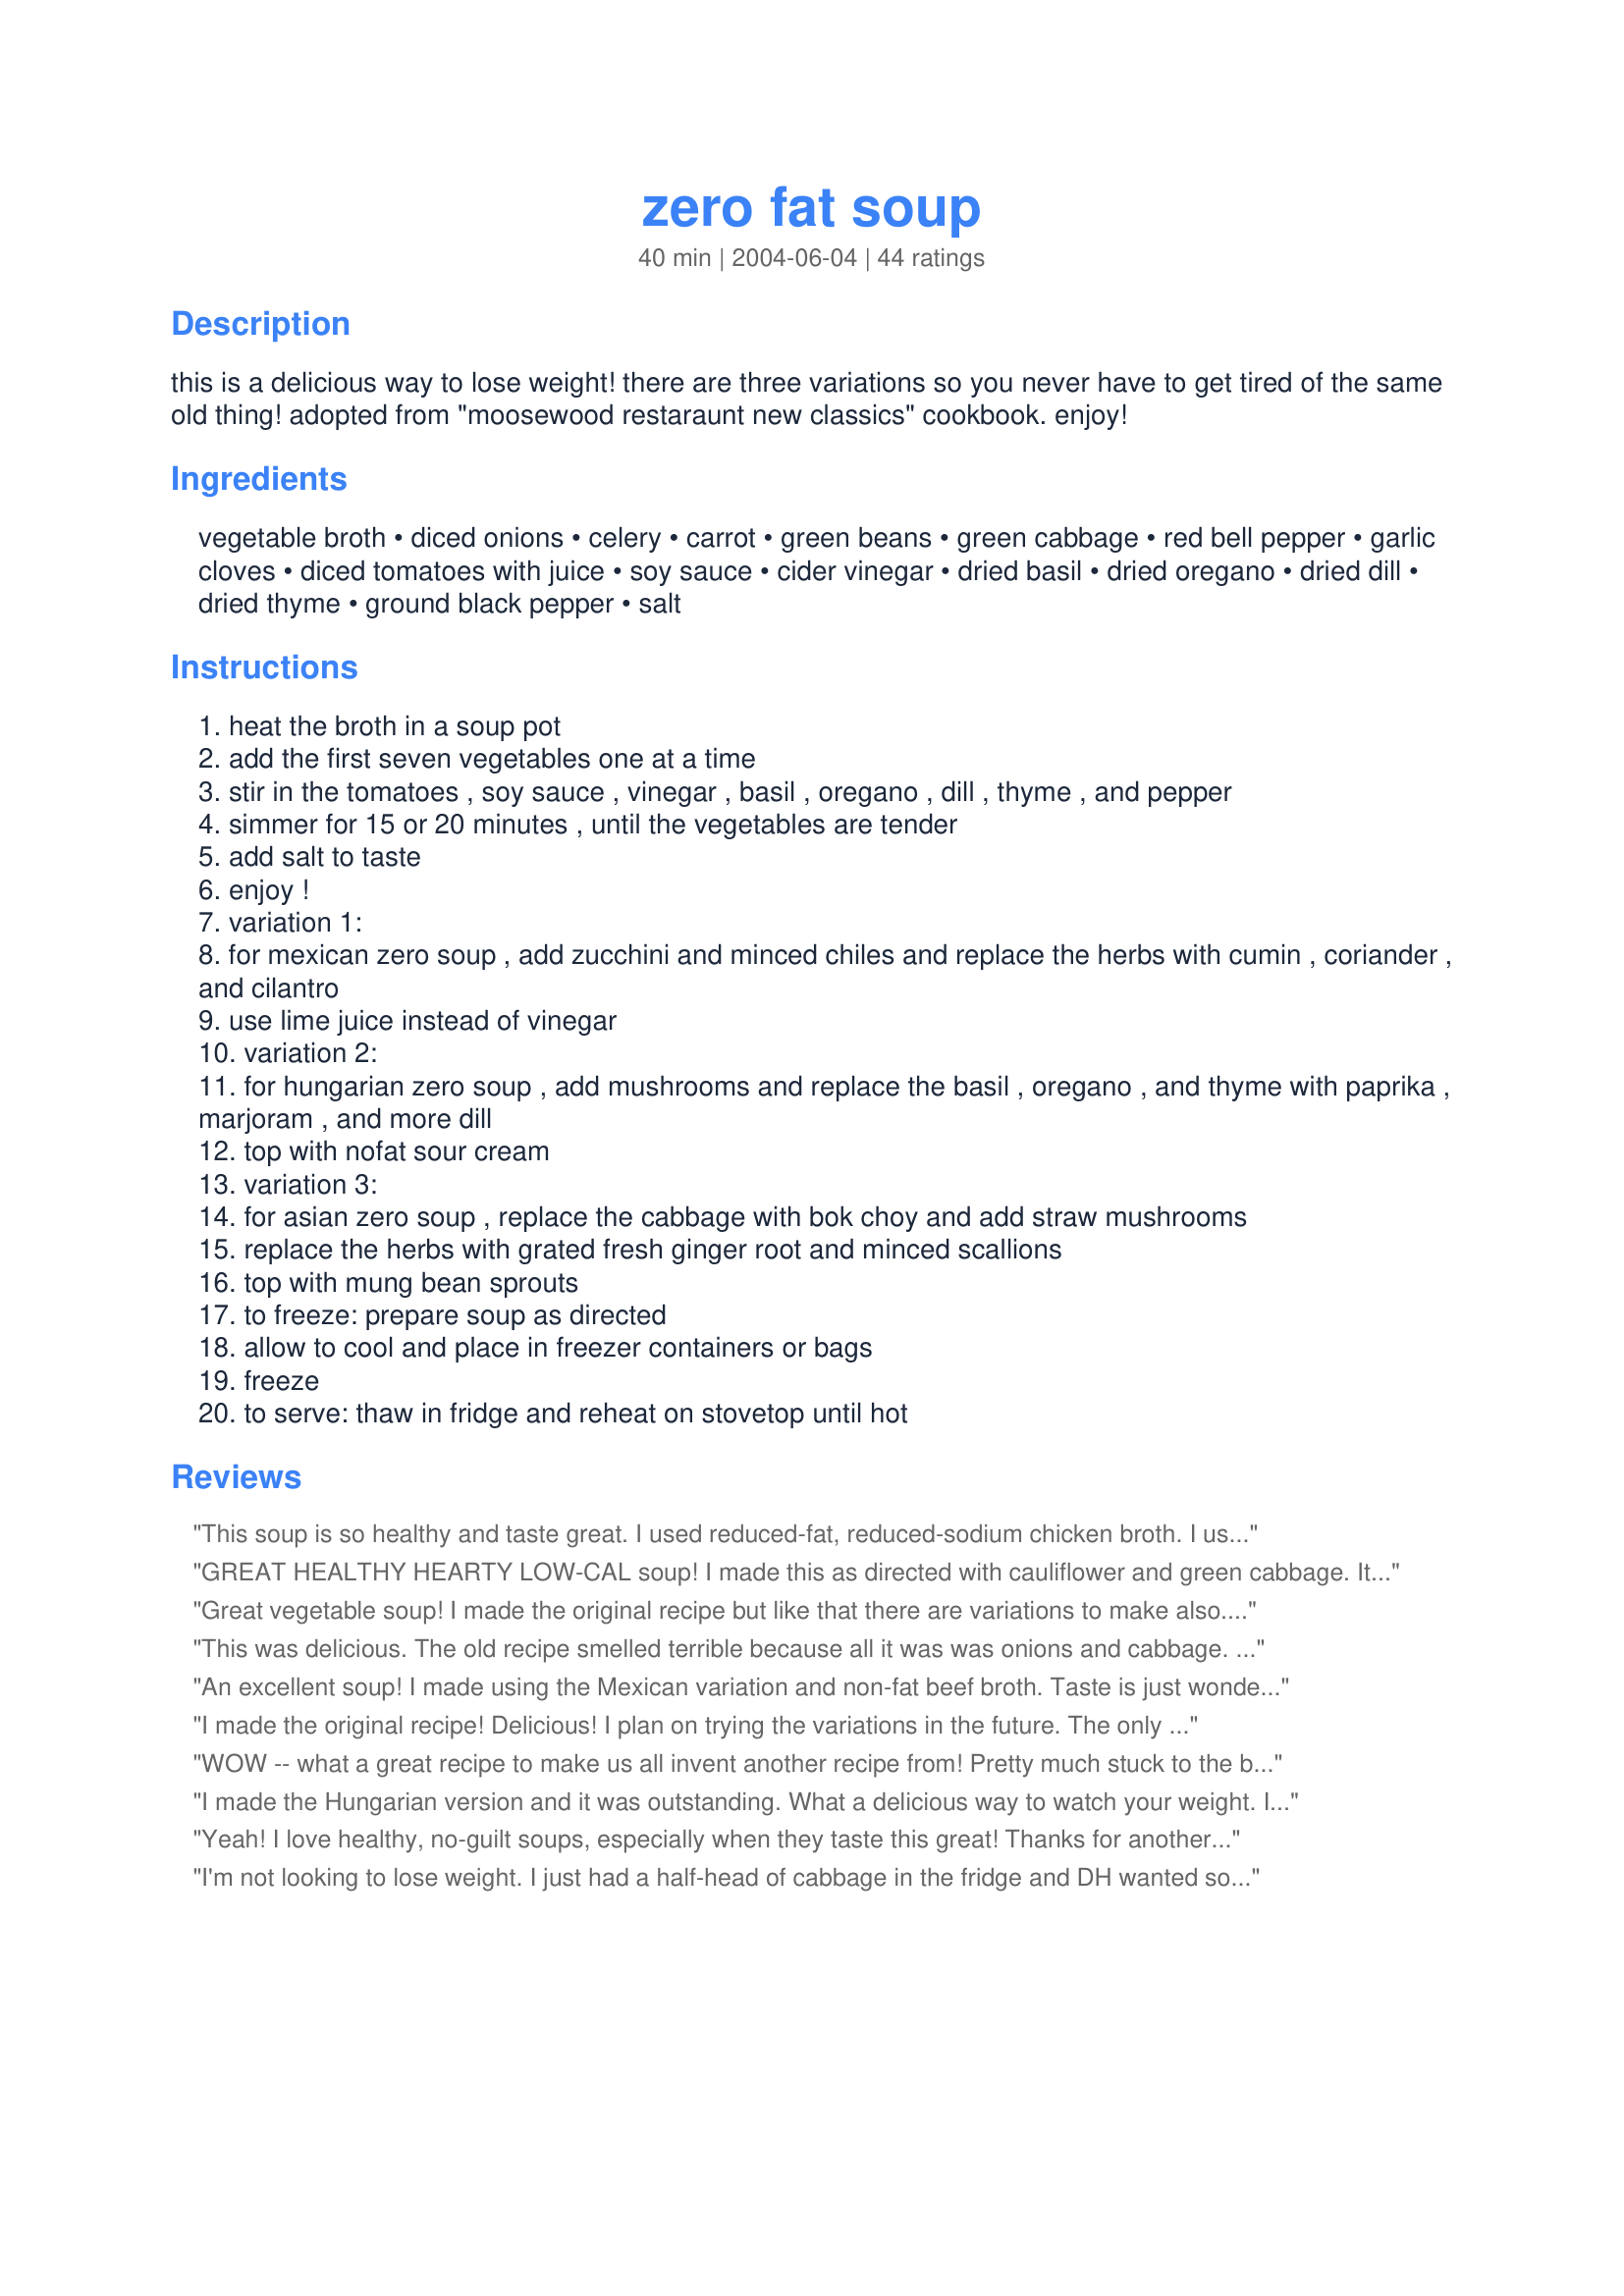
zero fat soup
Preparation time: 40 minutes

this is a delicious way to lose weight! there are three variations so you never have to get tired of the same old thing! adopted from "moosewood restaraunt new classics" cookbook. enjoy!

Ingredients:
vegetable broth, diced onions, celery, carrot, green beans, green cabbage, red bell pepper, garlic cloves, diced tomatoes with juice, soy sauce, cider vinegar, dried basil, dried oregano, dried dill, dried thyme, ground black pepper, salt

Steps:
heat the broth in a soup pot
add the first seven vegetables one at a time
stir in the tomatoes , soy sauce , vinegar , basil , oregano , dill , thyme , and pepper
simmer for 15 or 20 minutes , until the vegetables are tender
add salt to taste
enjoy !
variation 1:
for mexican zero soup , add zucchini and minced chiles and replace the herbs with cumin , coriander , and cilantro
use lime juice instead of vinegar
variation 2:
for hungarian zero soup , add mushrooms and replace the basil , oregano , and thyme with paprika , marjoram , and more dill
top with nofat sour cream
variation 3:
for asian zero soup , replace the cabbage with bok choy and add straw mushrooms
replace the herbs with grated fresh ginger root and minced scallions
top with mung bean sprouts
to freeze: prepare soup as directed
allow to cool and place in freezer containers or bags
freeze
to serve: thaw in fridge and reheat on stovetop until hot

Reviews:
This soup is so healthy and taste great. I used reduced-fat, reduced-sodium chicken broth. I used eggplant instead of the green beans. The seasonings are perfect. Thanks Sharon :) Made for your cookathon
GREAT HEALTHY HEARTY LOW-CAL soup! I made this as directed with cauliflower and green cabbage. It has a nice spice mix that smells great while cooking. I enjoyed it with some whole-grain bread. I do think this is at least 8 servings as I can't eat very much of it at once. Made for the Went to the market tag game.
Great vegetable soup! I made the original recipe but like that there are variations to make also. I used vegetable broth, green beans, a red bell pepper and finely shredded cole slaw mix for the cabbage. Had one half of a medium red onion and petite diced tomatoes on hand so in the pot they went. This is very good soup that will be a favorite for us! Sharon thank you for sharing this recipe with us. :) Made and reviewed for Please Review My Recipe tag game.
This was delicious. The old recipe smelled terrible because all it was was onions and cabbage. My husband could not believe how good this was. The herbs were the answer giving much needed flavor. Thank you for the recipe.
An excellent soup! I made using the Mexican variation and non-fat beef broth. Taste is just wonderful and is especially good now in the middle of winter. Very easy to prepare and I just cooked until my veggies were tender crisp (that's the way I like them). Thanks so much for sharing this great recipe Sharon.
I made the original recipe! Delicious! I plan on trying the variations in the future. The only change I'd make is to reduce the onions a bit...they were a little strong for me, but it was probably my onion. I agree...this makes way more than 4 servings, but I can freeze it for future lunches. Thanks for sharing!
WOW -- what a great recipe to make us all invent another recipe from! Pretty much stuck to the basic this first time -- used zuchinni, green bell pepper -- only had beef broth and that worked fine. At the last minute, put some cold chicken breast (leftover from another meal) on the table -- we shredded that right into the soup and sprinkled some parmesan on top. I'm looking forward to having this often when there are leftover veggies again. Also like the way it comes together -- can be working on cutting the next veggie to add to the pot while the pot is doing the work!
I made the Hungarian version and it was outstanding. What a delicious way to watch your weight. I'll be coming back to this one often (& will try the other versions, for sure).
Yeah! I love healthy, no-guilt soups, especially when they taste this great! Thanks for another wonderful recipe Sharon! Made for "Eat your veggies" Asian tag.
I'm not looking to lose weight. I just had a half-head of cabbage in the fridge and DH wanted soup. I substituted 4 cups water and 3 chicken bullion cubes for the vegetable broth, and 3 cups of V-8 juice for the diced tomatoes. Since this was a "clean the fridge day", I just used what veggies I had on hand. Great flavor and very nice for lunch. Thanks!
Totally WONDERFULLY DELICIOUS!!
I have been searching for a soup recipe similar to this that my mom use to make. Don't remember her's having vinegar or soy sauce. But prepared recipe as directed. Thanks for sharing
What's not to like?!
Even if you're not on a diet, you'll enjoy this soup just because it's very very tasty. I love the mix of herbs. I added a little Splenda, and used Brussels sprouts for the green beans, otherwise no changes were made. I love all of the options listed and I'd love to try them all. Thanx for posting.
Great soup! I used green beans, spinach, and red bell pepper for the optional ingredients. I lowered the sodium a bit by using low-sodium chicken broth, no salt added tomatoes, and omitting the salt. I used the original version this time, but look forward to trying out the others. Thanks for sharing!
This was great. I used every kind of veggie I could find - It was wonderful. I kept it set aside for my lunches. Some days I added some leftovers from the night before. Tasted different every day, never got boring.

Excellent - Thanks!!
I used Chef Kate's roasted vegetable stock. This was delicious soup. My one change was to saute the onions and celery in a tablespoon of oil briefly, no zero fat but close. Thanks.
I had to sub lemon juice for the vinegar. It was amazing, and low calorie to boot. Thank you so much for sharing! This is going to be a regular around here now.
Delicious soup! I made as directed using the ingredients listed for the regular soup. The only change I may make next time is to decrease the amount of the dill slightly, which seems to be the predominate herb I taste. This is a wonderful soup made with ingredients I most always have on hand. Thank you Sharon for sharing this wonderful tasty and healthy soup!
Made for Freezer Tag 2008. I really enjoyed this! I used fresh tomatoes instead of a can and homemade vegetable broth. I used about 5 cups of the broth since I didn't have juice from the tomatoes. I made the Italian version and it is very strong on the Italian herbs, I might cut them back slightly next time. But, there will be a next time!
This also froze really well. I separated it into two ziploc bags (so I can eat it on 2 occasions, since I live alone) and put them together in 1 bag and froze. I let one bag thaw overnight and then reheated on the stove top (around 15 minutes). I'm looking forward to eating the second half!
Delicious and very easy to make. I used spinach because I like it better than cabbage. Thank you for getting some veggies into my diet. :)
Excellent soup! I made the regular version using fresh veggies. The only variation I made was I threw in some cilantro that was starting to wilt in my fridge...
Wonderful, hearty-healthy soup filled with all the good stuff :) ~great instruction/suggestions and extra option ideas...sure to be a mainstay now in my recipe rotation...like other reviewers; I knew we would like it {{we <b> LOVE</b> our cabbage here :) }} -so I doubled and then some it...improvising a bit here and there to accommodate what was at hand and to handle favorites more heavily...ended up using ,lemon and Braggs and mixing some stewed and crushed tomatoes in with the diced {{cleaned out the pantry some :) }}- I can pretty much live off stuff like this...this is my kind of cooking :) Thanks Sharon :)
VERY GOOD soup, We had it for dinner last eve. Made the regular one used Italian stewed tomatoes, french style green beans, cabbage, fresh zucchini right out of the garden and a small can of mushrooms.I didn't use the dill or the soy sauce, preference.I am going to make the Asian Zero fat soup soon. Thank you Sharon for another delicious recipe.
yum all the way.. this was so easy to throw together on the back burner to simmer while the rest of dinner cooked. I had a lot of fresh rosemary to use up and threw that in, along with a finely sliced chili pepper that lifted any possible blandness in the stock by producing a distinct but extremely reasonable heat. Please see my rating system: 5 stars for an easy recipe that helps to fill the gaps that naughty stuff like calorie loaded treats might be tempted to take up. Thanks for keeping me on the healthy track :)
Another tasty recipe. Made this for Fall Pick a Chef 2012 tag game and I did cut the recipe in half, used home made chicken broth, used fresh tomatoes and added some zucchini and mushrooms that I needed to use up along with the other vegetables. I made the first variation and everything was right on. I will be trying the Asian one next. Going into my Favorites of 2012.
the vinegar really makes this. thanks!
This was great! I reduced the onions and garlic to suit our tastes. Next time I would reduce the cider vinegar to 1/2 Tbsp as I could taste it too much. I used spinach in place of the cabbage as that was what I had. I also threw in a few leftover peas and cut some niblets from leftovers of corn on the cob. I love the versatility of this soup. You could make this so many times changing up the veggies and spices for a different soup every time. Thx Sharon!
A good healthy, hearty soup! I followed the instructions verbatim, using vegetable broth, green beans, cabbage & red peppers. I want to drop 20 lbs so I'll make this again & try different variations; however, I'll cut the soy in half as it was too strong for my taste. Thanx Sharon!
I love the versatility of this delicious soup. It turned into a 'clean out the fridge and freezer' soup. I used chicken flavoured broth, frozen oriental mix veggies, spinach and red pepper. I didn't have any dill so left that out. I love the bit of bite that the vinegar adds. Made for 'and the Secret Ingredient is' tag.
This is so GOOD!!! Perfect for my WW diet!!! Thanks Sharon!! :)
Another soup we soup lovers enjoyed! Being a Moosewood recipe I had no doubt that it would be one that would be a winner at our house. Great to have the options - this time around used cauliflower, cabbage and a mix of red and green peppers - and happy I had thought to pick up some fresh dill. Thank you - delicious! Made for Auz/NZ Swap.
This was wonderful. It tasted very italian with the first version and since I love anything tomato, it was very satisfying. I used green cabbage, red peppers, onions, celery, carrots, garlic and all the spices.I ate it when I served other more fattening things to my family. Will definitely make again!
Vanessa
So simple and yet so good. Made as written. Turned out great!
I make various versions of what weight watching folks call 0 point soup all the time and enjoy it either as a snack or light meal. They are versatile, easy and a great way to clear out the vegetable. In this case, I added extra cabbage and some frozen limas to replace the green beans. What made this different for me was the unique addition of vinegar, soy sauce and dill. Sounds odd written that way, but they were all terrific additions to my soup pot.
Thanks Sharon. A bonne sante!
This soup is great. I doubled the recipe cause I knew we'd like it. I was right. It has a great flavor. I cooked my veggies in a pressure cooker, then added the broth and spices (I omitted dill). It made enough for several meals. This is a great tasting and healthy soup. You have to try it. You won't be disappointed.
This is really good! I used broth powder instead of canned broth, which made this recipe even lower in calories. I made the basic recipe this time, but I will definitely be trying out the variations. By the way, this made more than 4 servings for me; probably 6 servings (which is a good thing!). Thanks so much!
I made this as a vegetarian OAMC recipe, and it turned out great. I just had to simmer much longer than suggested to get my veggies tender.
I know that cabbage is really good for you especially when trying to lose weight, but I felt they overpowered everything else; all I could taste was the cabbage which was a shame considering all the other goodies in the soup.
Delicious! Great way to get your veggies and to clean out the pantry and crisper, too. Made a double batch and froze the leftovers. Used Pacific organic low sodium vegetable broth which is quite good and very convenient. Loved the touch of vinegar. Thanks, Sharon, for a great recipe!
I needed to make a large pot of vegetable soup to kick start my return to Weight Watchers, and this recipe is perfect! It was great as posted, but I plan to try the variations to keep from getting bored. Unlike other reviews, I did not find any ingredient overpowered...a wonderful combination.<br/>Made for the Sharon 123 Cookathon
This was a very good soup, but in my opinion the tomatoes overpowered everything else. Next time I will use only a small can (14.5 oz.). Thank you for sharing.
Nice soup. I made the Mexican version, adding a can of diced chilis and using the zuchinni instead of the green beans. For broth I used homemade chicken and I also added about 1/2 cup salsa. I served it with bean burritos made with my homemade fat free whole wheat tortillas and it was good. Not a real intense flavor, just lots of veggies.
I was able to use some garden fresh veggies in this healthful, very tasty soup. Can easily be adapted to use whatever vegetables are in season. Thanks for posting.
For sure 5 star - This is my kind of soup, Healthy, loaded with flavor and very low cal. When it was cooking the aroma was Mmmmm. This will be a regular lunch soup. It really is 6 servings unless this is your whole dinner meal Thanks Sharon for another super recipe
